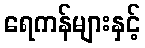
ရေကန်များနှင့်